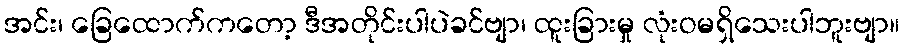
အင်း၊ ခြေထောက်ကတော့ ဒီအတိုင်းပါပဲခင်ဗျာ၊ ထူးခြားမှု လုံးဝမရှိသေးပါဘူးဗျာ။